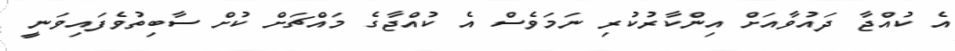
އެ ކުއްޖާ ދައުވާއަށް އިންކާރުކުރި ނަމަވެސް އެ ކުއްޖާގެ މައްޗަށް ކުށް ސާބިތުވެފައިވަނީ